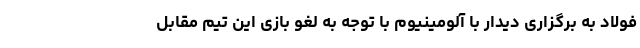
فولاد به برگزاری دیدار با آلومینیوم با توجه به لغو بازی این تیم مقابل